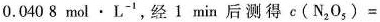
0.0408mol\cdot L^{-1}，经1min后测得c(N_{2}O_{5})=